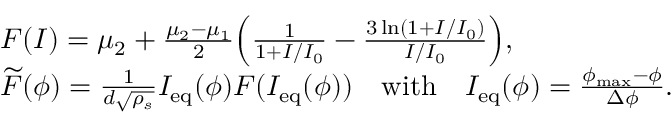
\begin{array} { r l } & { F ( I ) = \mu _ { 2 } + \frac { \mu _ { 2 } - \mu _ { 1 } } { 2 } \Big ( \frac { 1 } { 1 + I / I _ { 0 } } - \frac { 3 \ln ( 1 + I / I _ { 0 } ) } { I / I _ { 0 } } \Big ) , } \\ & { \widetilde { F } ( \phi ) = \frac { 1 } { d \sqrt { \rho _ { s } } } I _ { \mathrm { e q } } ( \phi ) F ( I _ { \mathrm { e q } } ( \phi ) ) \quad \mathrm { w i t h } \quad I _ { \mathrm { e q } } ( \phi ) = \frac { \phi _ { \mathrm { m a x } } - \phi } { \Delta \phi } . } \end{array}